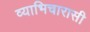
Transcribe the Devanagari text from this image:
व्याभिचारासी